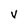
Character: V